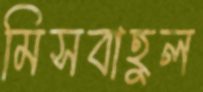
মিসবাহুল